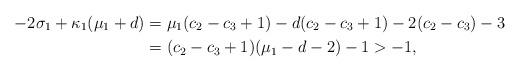
LaTeX: \begin{align*}-2{\sigma_1} + \kappa_1 (\mu_{1}+d)&=\mu_{1}(c_{2}-c_{3}+1)-d(c_{2}-c_{3}+1)-2(c_{2}-c_{3})-3\\&=(c_{2}-c_{3}+1)(\mu_{1}-d-2)-1>-1,\end{align*}